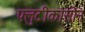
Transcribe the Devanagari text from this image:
फ्लुटीकासोन